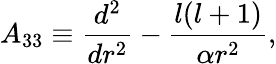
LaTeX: A_{33}\equiv{\frac{d^{2}}{dr^{2}}}-{\frac{l(l+1)}{\alpha r^{2}}},